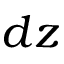
d z